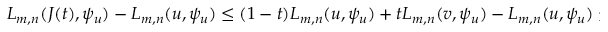
\begin{array} { r } { L _ { m , n } ( J ( t ) , \psi _ { u } ) - L _ { m , n } ( u , \psi _ { u } ) \leq ( 1 - t ) L _ { m , n } ( u , \psi _ { u } ) + t L _ { m , n } ( v , \psi _ { u } ) - L _ { m , n } ( u , \psi _ { u } ) \leq t h < 0 } \end{array}